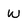
Character: W